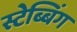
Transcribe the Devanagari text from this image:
स्टेब्बिंग